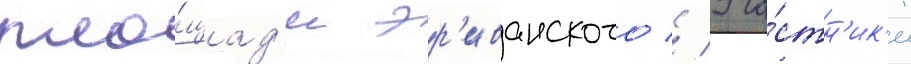
пло́щад'и эр'иванского // Уча́стн'ик'и